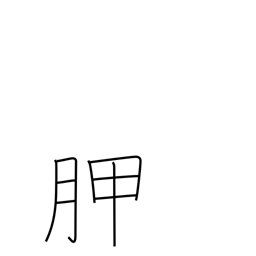
Meaning: shoulder blade